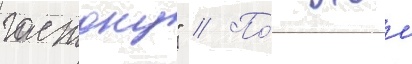
гастону" // По́ этои